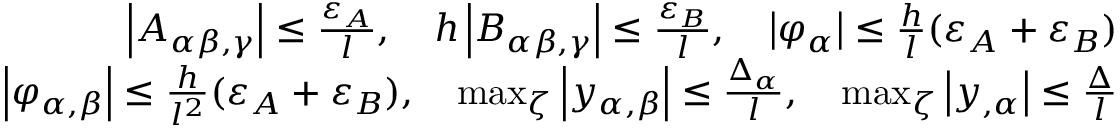
\begin{array} { r } { \left| A _ { \alpha \beta , \gamma } \right| \le \frac { \varepsilon _ { A } } { l } , \quad h \left| B _ { \alpha \beta , \gamma } \right| \le \frac { \varepsilon _ { B } } { l } , \quad \left| \varphi _ { \alpha } \right| \le \frac { h } { l } ( \varepsilon _ { A } + \varepsilon _ { B } ) } \\ { \left| \varphi _ { \alpha , \beta } \right| \le \frac { h } { l ^ { 2 } } ( \varepsilon _ { A } + \varepsilon _ { B } ) , \quad \operatorname* { m a x } _ { \zeta } \left| y _ { \alpha , \beta } \right| \le \frac { \Delta _ { \alpha } } { l } , \quad \operatorname* { m a x } _ { \zeta } \left| y _ { , \alpha } \right| \le \frac { \Delta } { l } } \end{array}